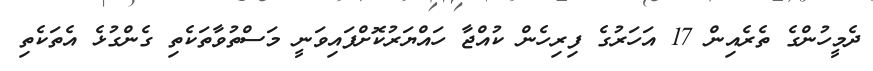
ދެމީހުންގެ ތެރެއިން 17 އަހަރުގެ ފިރިހެން ކުއްޖާ ހައްޔަރުކޮށްފައިވަނީ މަސްތުވާތަކެތި ގެންގުޅެ އެތަކެތި